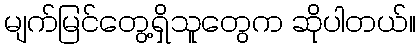
မျက်မြင်တွေ့ရှိသူတွေက ဆိုပါတယ်။